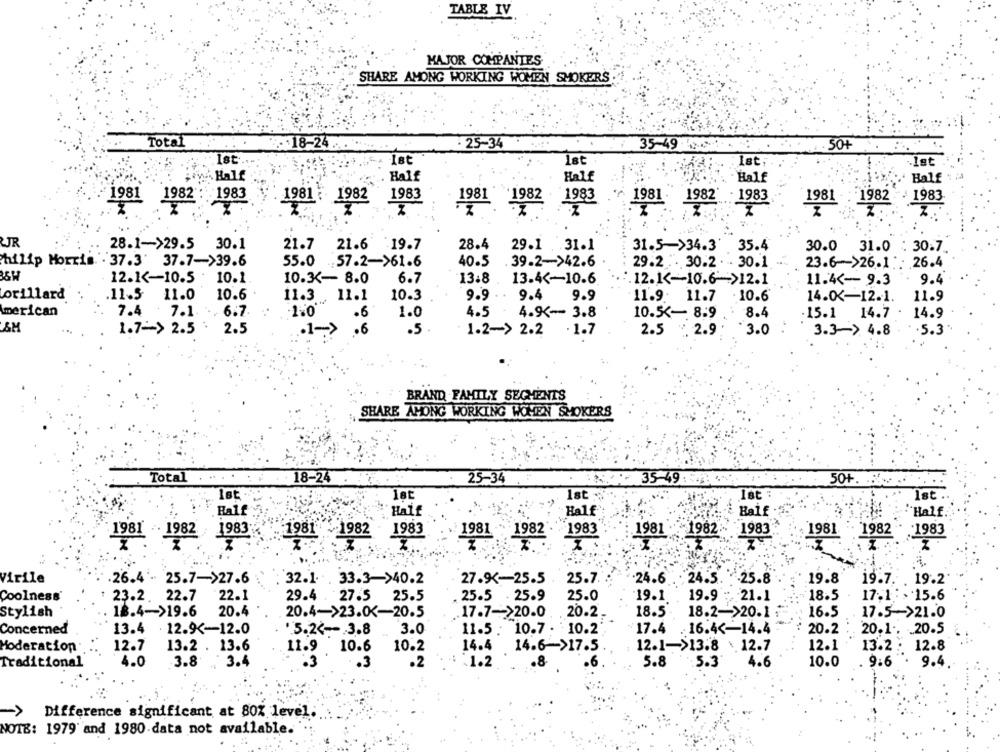
TABLE IV
MAJOR COMPANIES
SHARE AMONG WORKING WOMEN SMOKERS
Total
- 25-34
35-49
.18-24 .
50
Ist
1st
.let
-Half
Half
Half
Half
Balf
1981 1982
1981 1982
1983
. 1981 : 1982
1983
1983
1981 . 1982 : 1983
1981 1982
1983
2.
JR
28.1->29.5 30.1
21.7 21.6
:19.7
28.4
29.1 .31.1
31.5->34.3
35.4
30.0 31.0 : 30.7.
Philip Morris . 37.3' 37.7->39.6
55.0
.. 57.2->61.6
40.5
39.2->42.6
29.2 . 30.2 . 30.1
23.6->26.1 26.4
12.1 <- 10.5 . 10.1.
10.3- 8.0
6.7
13:8
13.4 <- 10-6
.. 12.1 <- 10.6 -= >12.1
11.4 <- 9.3
9.4
orillard
11.5 11.0
10.6
11.3 11.1
10.3
9.9
9.4
9.9
11.9: 11.7
. 10.6'
14.0K-12.1.
11.9
American
7.4 7.1.
. 6.7
-1.0
.6
1.0
4.5
4.9 <- 3.8
10.5 <- 8.9
8.4
-15.1 14.7
14.9
1.7 -- > 2.5 : 2.5
.1->
.6
.5
.1.7
2.5 2.9
3.0
3.3-> 4.8
.5.3
1.2-> 2.2
BRAND FAMILY SEGMENTS
SHARE AMONG WORKING WOMEN SMOKERS
Total
18-24
25-34
35-49
50+. .......
let
Ist
Ist
Half
Half .
Half
Half
Half
1981 1982 1983
1981 1982 1983
1981 1982 - 1983
1981 1982 1983
1981 1982 1983
Virile
25.8
.19.8
26.4 - 25.7->27.6
32.1 . 33.3->40.2
27.9-25.5
25.7
24.6 . 24.5.
19.7. . 19.2
Coolness'
23.2. 22.7 22.1
29.4 . 27.5
25.5
25.5 . 25.9
25.0
19.1
19.9 : 21.1
18.5
17-1 : > 15.6
Stylish
18.4->19.6
20.4
20.4->23.0-20.5
.17.7->20.0
20.2
18.5
18.2->20.1
16.5
17.5->21.0
Concerned
13.4
. 12.9 <- 12.0
'5.24 --. 3.8
3.0
11.5 : 10.7 . 10.2
:17.4
. 16.4 <- 14.4
20.2
20.1 .. . 20.5
12.7
13.2 . 13.6
10.2
14.4
12.1->13.8 \ 12.7
12.1
13.2 : 12.8
Moderation
11.9 10.6
14.6->17.5
3.4
.2
10.0
9.6 . 9.4
Traditional
4.0
3.8
.3
-1.2
.6
5.8
5.3'
4.6
->
Difference significant at 80% level
NOTE: 1979" and 1980 data not available.